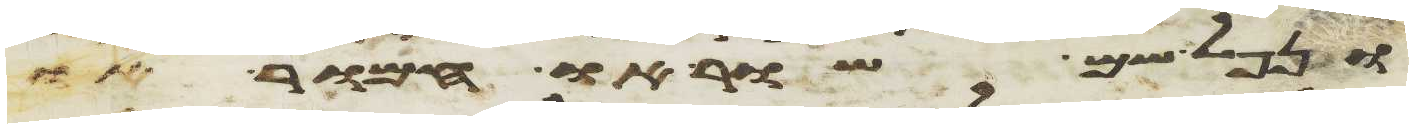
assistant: ונפל שם שור או חמור או